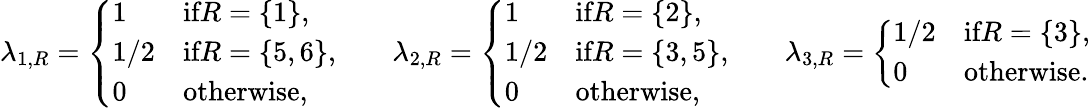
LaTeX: \begin{array}{r}{\lambda_{1,R}=\left\{ \begin{array}{ll}{1}&{\textnormal{if}R=\{ 1\} ,}\\ {1/2}&{\textnormal{if}R=\{ 5,6\} ,}\\ {0}&{\textnormal{otherwise,}}\end{array}\right.\qquad\lambda_{2,R}=\left\{ \begin{array}{ll}{1}&{\textnormal{if}R=\{ 2\} ,}\\ {1/2}&{\textnormal{if}R=\{ 3,5\} ,}\\ {0}&{\textnormal{otherwise,}}\end{array}\right.\qquad\lambda_{3,R}=\left\{ \begin{array}{ll}{1/2}&{\textnormal{if}R=\{ 3\} ,}\\ {0}&{\textnormal{otherwise.}}\end{array}\right.}\end{array}